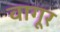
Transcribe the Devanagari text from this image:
वागूर